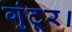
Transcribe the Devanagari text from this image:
गुंटूर।